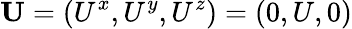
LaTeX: {\mathbf{U}}=(U^{x},U^{y},U^{z})=(0,U,0)